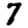
Digit: 7